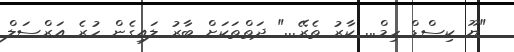
"ޔޫ ކިސްޑް ހިމް... ކާރު ތެރޭ..." ދަތްތަކަށް ބާރު ލައިގެން ހުރެ އަރްސަލް